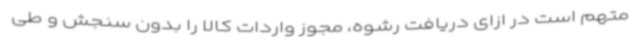
متهم است در ازای دریافت رشوه، مجوز واردات کالا را بدون سنجش و طی